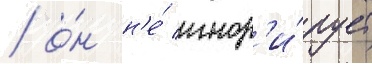
/ о́н н'е́ игнор'и́рует